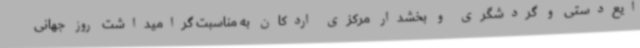
ایع‌دستی و گردشگری و بخشدار مرکزی اردکان به مناسبت گرامیداشت روز جهانی